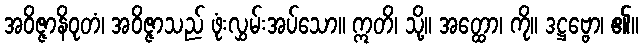
အဝိဇ္ဇာနိဝုတံ၊ အဝိဇ္ဇာသည် ဖုံးလွှမ်းအပ်သော။ ဣတိ၊ သို့။ အတ္ထော၊ ကို။ ဒဋ္ဌဗ္ဗော၊ ၏။